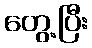
တွေ့ပြီး